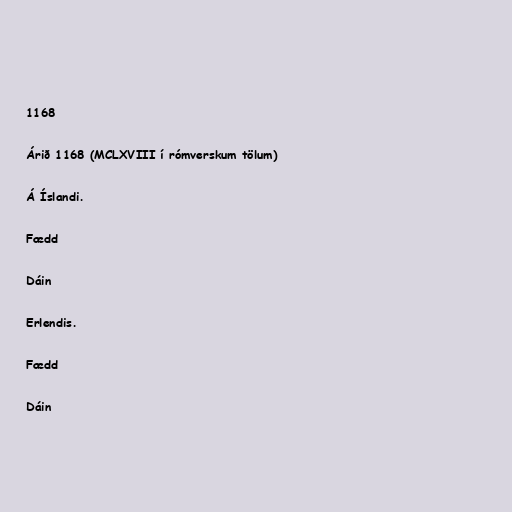
1168

Árið 1168 (MCLXVIII í rómverskum tölum)

Á Íslandi.

Fædd

Dáin

Erlendis.

Fædd

Dáin